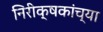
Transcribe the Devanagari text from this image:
निरीक्षकांच्या